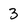
Character: 3